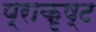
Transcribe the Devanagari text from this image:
प्राकृष्ट